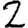
Digit: 2